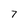
Character: 7